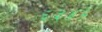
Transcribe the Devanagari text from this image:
६३४६